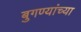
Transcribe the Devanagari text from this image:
बुगण्यांच्या